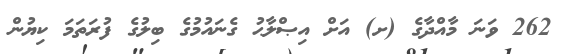
262 ވަނަ މާއްދާގެ (ށ) އަށް އިޞްލާޙު ގެނައުމުގެ ބިލުގެ ފުރަތަމަ ކިޔުން